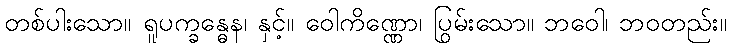
တစ်ပါးသော။ ရူပက္ခန္ဓေန၊ နှင့်။ ဝေါကိဏ္ဏော၊ ပြွမ်းသော။ ဘဝေါ၊ ဘဝတည်း။